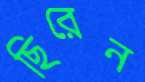
ছিরেন